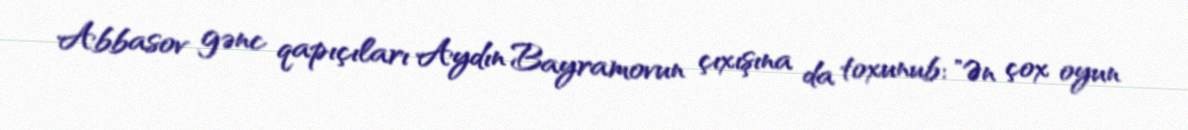
Abbasov gənc qapıçıları Aydın Bayramovun çıxışına da toxunub: "Ən çox oyun